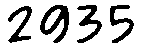
2935